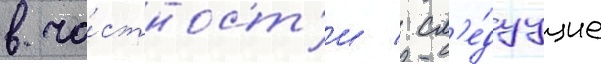
в ча́стност'и / сл'е́дуущие